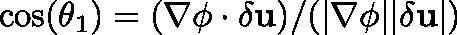
\cos ( \theta _ { 1 } ) = ( \mathbf { \nabla \phi } \cdot \delta \mathbf { u } ) / ( | \nabla \phi | | \delta \mathbf { u } | )